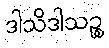
ဒါသိဒါသဉ္စ